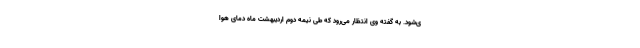
ی‌شود. به گفته وی انتظار می‌رود که طی نیمه دوم اردیبهشت ماه دمای هوا